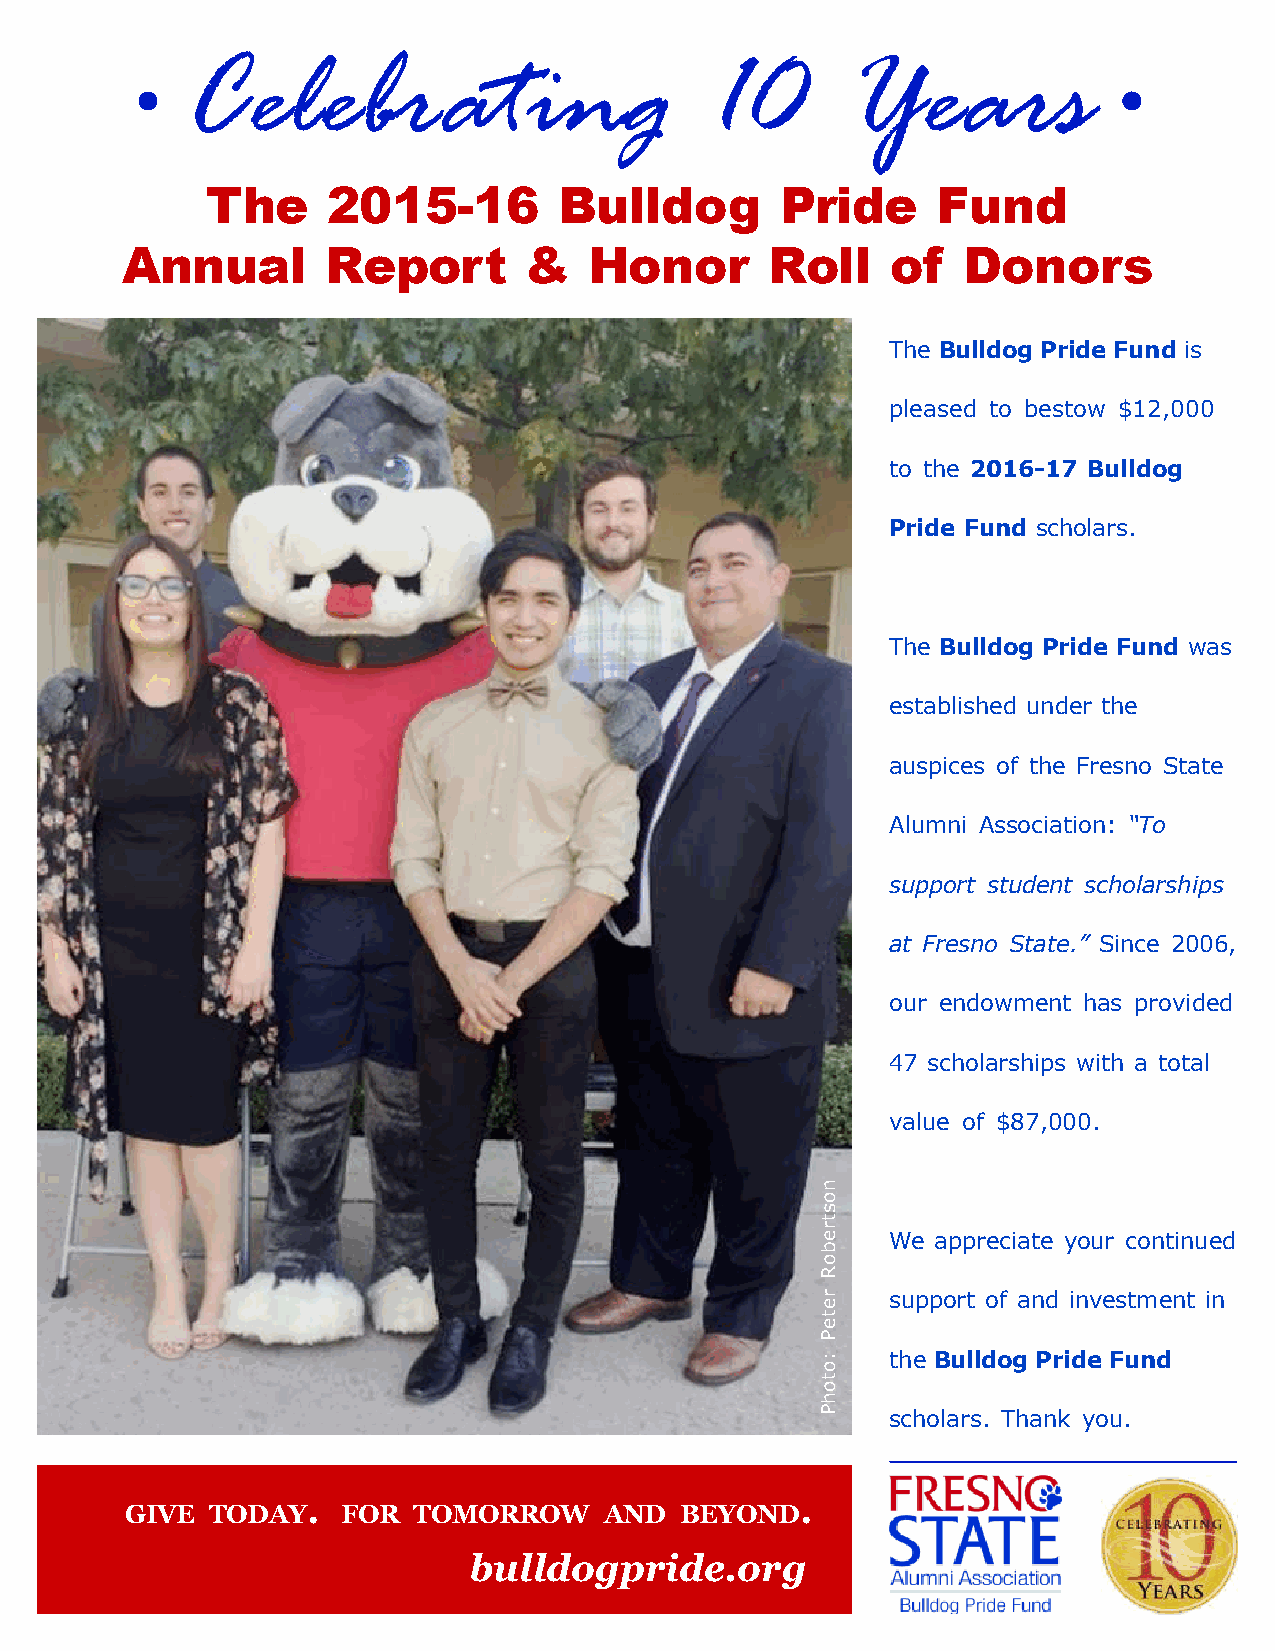
•                                                                •
 Celebrating                        10       Years
 The     2015-16        Bulldog        Pride     Fund
 Annual        Report       &   Honor       Roll    of   Donors
 The Bulldog Pride Fund is
 pleased to bestow $12,000
 to the 2016-17 Bulldog
 Pride Fund scholars.
 The Bulldog Pride Fund was
 established under the
 auspices of the Fresno State
 Alumni Association: “To
 support student scholarships
 at Fresno State.” Since 2006,
 our endowment has provided
 47 scholarships with a total
 value of $87,000.
 We appreciate your continued
 support of and investment in
 the Bulldog Pride Fund
 scholars. Thank you.
 .                                .
 GIVE  TODAY    FOR TOMORROW     AND  BEYOND
 bulldogpride.org
 .
 nostreboR
 reteP
 :otohP